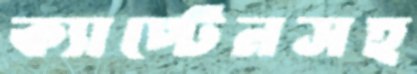
ক্যাপ্টেনসহ